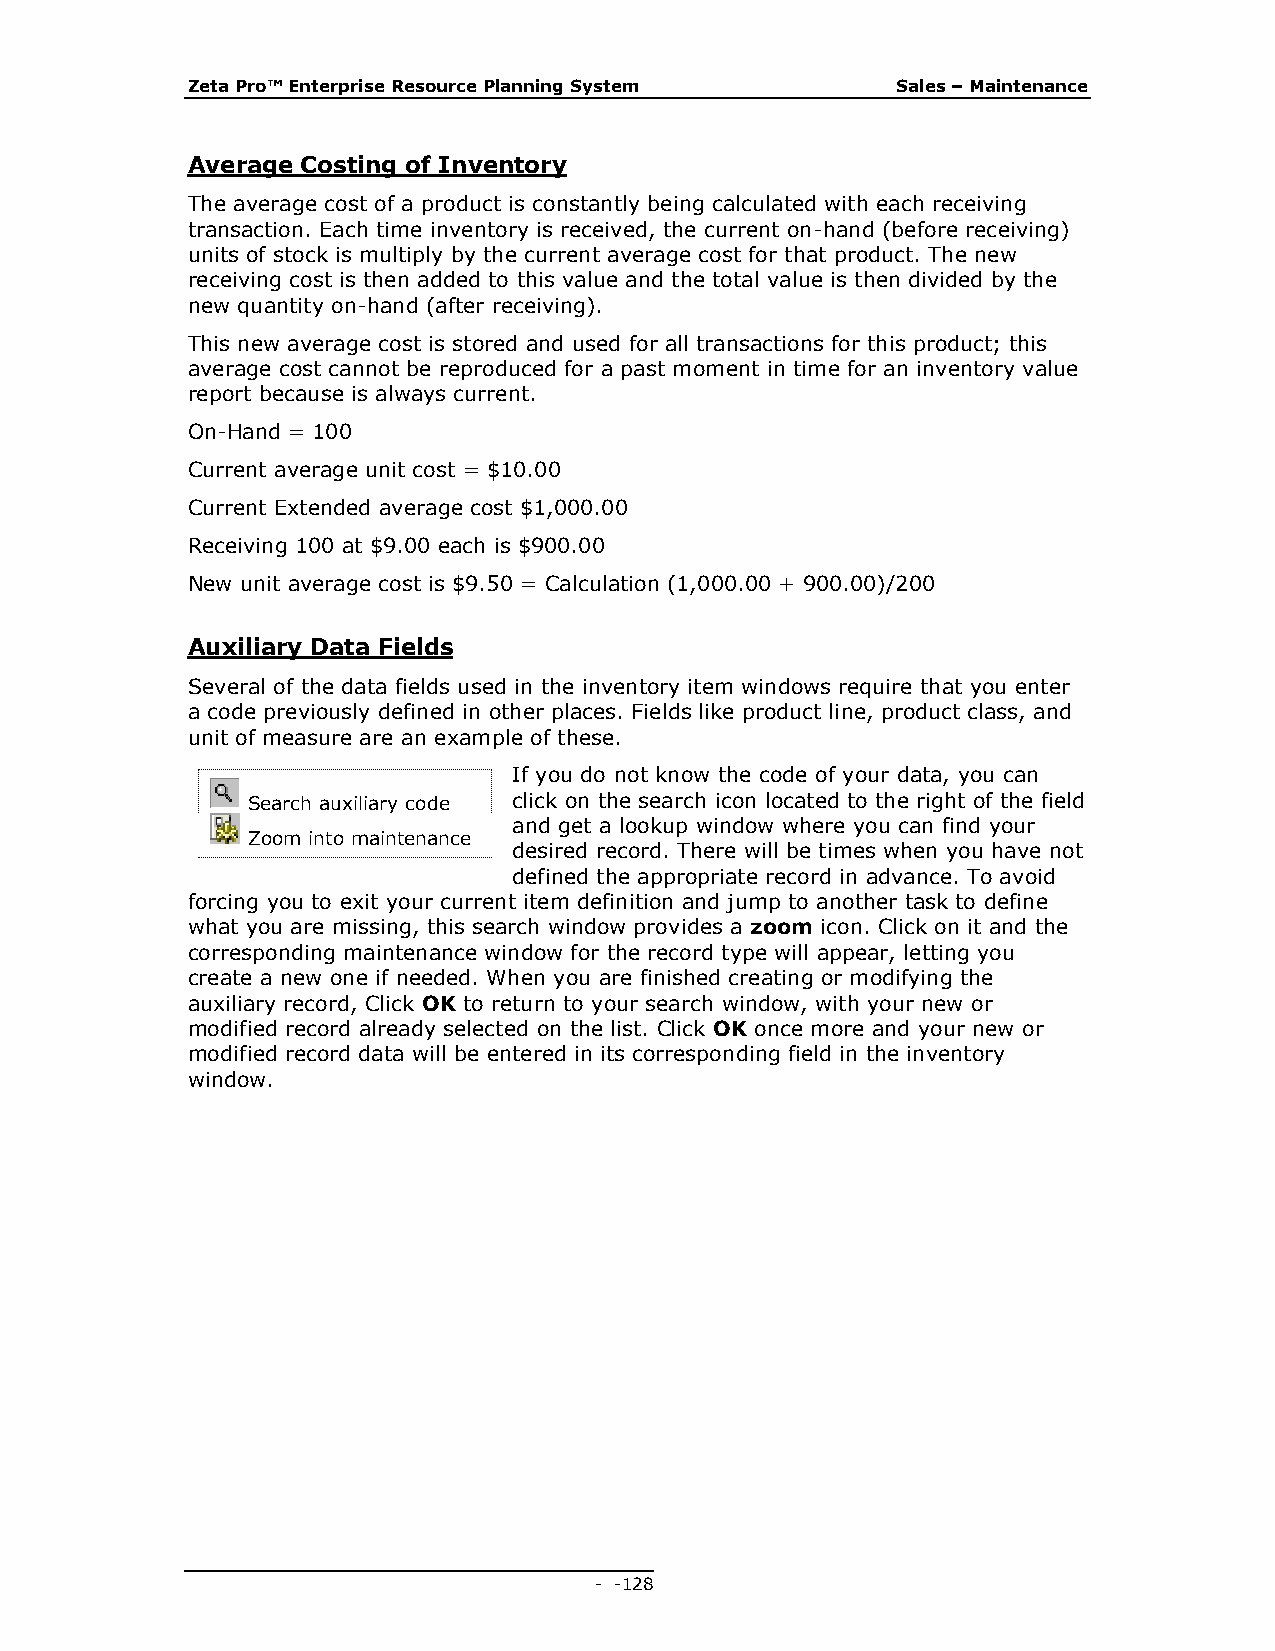
Zeta Pro™ Enterprise Resource Planning System  Sales – Maintenance
 Average Costing of Inventory
 The average cost of a product is constantly being calculated with each receiving
 transaction. Each time inventory is received, the current on-hand (before receiving)
 units of stock is multiply by the current average cost for that product. The new
 receiving cost is then added to this value and the total value is then divided by the
 new quantity on-hand (after receiving).
 This new average cost is stored and used for all transactions for this product; this
 average cost cannot be reproduced for a past moment in time for an inventory value
 report because is always current.
 On-Hand = 100
 Current average unit cost = $10.00
 Current Extended average cost $1,000.00
 Receiving 100 at $9.00 each is $900.00
 New unit average cost is $9.50 = Calculation (1,000.00 + 900.00)/200
 Auxiliary Data Fields
 Several of the data fields used in the inventory item windows require that you enter
 a code previously defined in other places. Fields like product line, product class, and
 unit of measure are an example of these.
 If you do not know the code of your data, you can
 Search auxiliary code click on the search icon located to the right of the field
 and get a lookup window where you can find your
 Zoom into maintenance
 desired record. There will be times when you have not
 defined the appropriate record in advance. To avoid
 forcing you to exit your current item definition and jump to another task to define
 what you are missing, this search window provides a zoom icon. Click on it and the
 corresponding maintenance window for the record type will appear, letting you
 create a new one if needed. When you are finished creating or modifying the
 auxiliary record, Click OK to return to your search window, with your new or
 modified record already selected on the list. Click OK once more and your new or
 modified record data will be entered in its corresponding field in the inventory
 window.
 - - 128